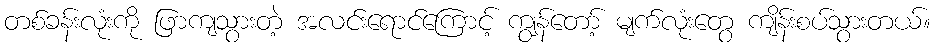
တစ်ခန်းလုံးကို ဖြာကျသွားတဲ့ အလင်းရောင်ကြောင့် ကျွန်တော့် မျက်လုံးတွေ ကျိန်းစပ်သွားတယ်။